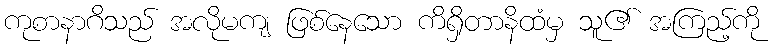
ကုစာနာဂိသည် အလိုမကျ ဖြစ်နေသော ကိရှိတာနိထံမှ သူ၏ အကြည့်ကို